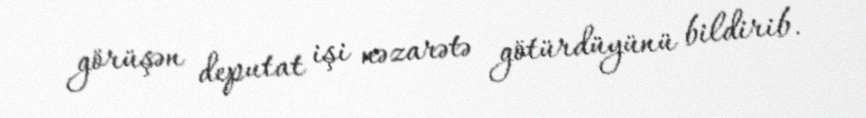
görüşən deputat işi nəzarətə götürdüyünü bildirib.